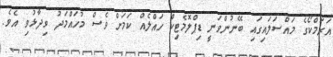
އަރަމްކޯގެ މައްސަލައިގައި ބޭނުންވަނީ ޑިޕްލޮމެޓިކް ހައްލެއް ކަމަށް ވެސް މުހައްމަދު ވިދާޅުވި އެވެ.